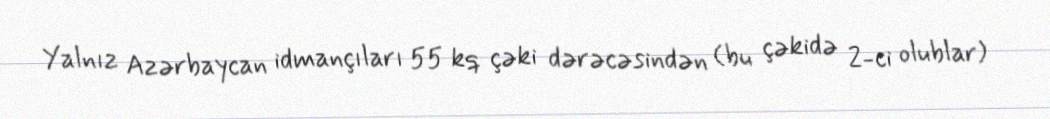
Yalnız Azərbaycan idmançıları 55 kq çəki dərəcəsindən (bu çəkidə 2-ci olublar)